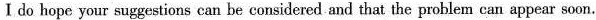
Ⅰ do hope your suggestions can be considered and that the problem can appear soon.